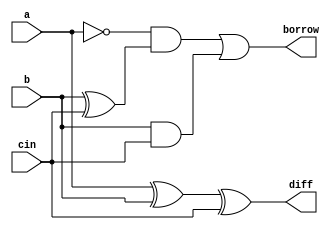
module part_1(input a,b,cin, output diff,borrow);
assign diff=a^b^cin;
assign borrow=~a & (b^cin) | b & cin;
endmodule